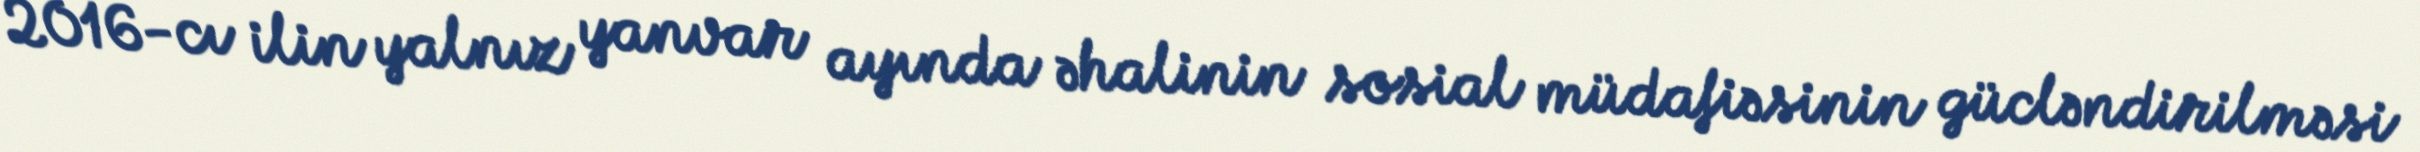
2016-cı ilin yalnız yanvar ayında əhalinin sosial müdafiəsinin gücləndirilməsi